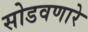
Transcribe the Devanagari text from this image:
सोडवणारे